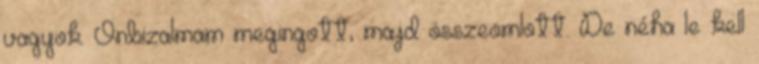
vagyok. Önbizalmam megingott, majd összeomlott. De néha le kell